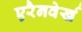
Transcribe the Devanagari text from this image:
एरैनवेर्ख